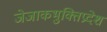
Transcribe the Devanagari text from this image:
जेजाकभुक्तिप्रदेश